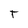
Character: T